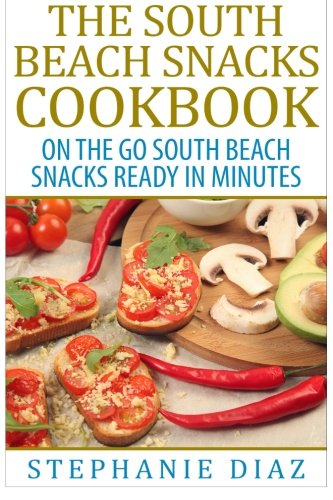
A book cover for The South Beach Snacks Cookbook: On the Go South Beach Snacks Ready in Minutes; Stephanie Diaz; Cookbooks, Food & Wine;